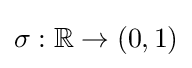
\sigma :\mathbb {R} \rightarrow (0,1)